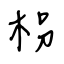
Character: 枴